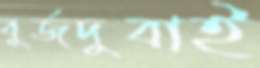
বুর্জদুবাই